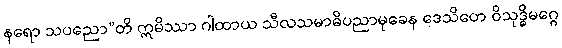
နရော သပညော”တိ ဣမိဿာ ဂါထာယ သီလသမာဓိပညာမုခေန ဒေသိတေ ဝိသုဒ္ဓိမဂ္ဂေ